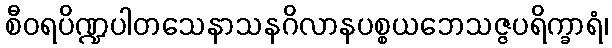
စီဝရပိဏ္ဍပါတသေနာသနဂိလာနပစ္စယဘေသဇ္ဇပရိက္ခာရံ၊